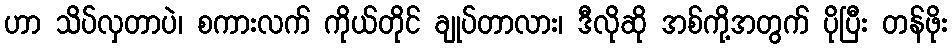
ဟာ သိပ်လှတာပဲ၊ စကားလက် ကိုယ်တိုင် ချုပ်တာလား၊ ဒီလိုဆို အစ်ကို့အတွက် ပိုပြီး တန်ဖိုး